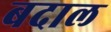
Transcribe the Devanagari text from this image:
बदाल